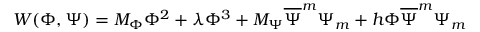
W ( \Phi , \Psi ) = M _ { \Phi } \Phi ^ { 2 } + \lambda \Phi ^ { 3 } + M _ { \Psi } \overline { { { \Psi } } } ^ { m } \Psi _ { m } + h \Phi \overline { { { \Psi } } } ^ { m } \Psi _ { m }